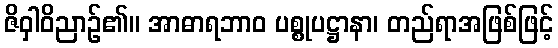
ဇိဝှါဝိညာဉ်၏။ အာဓာရဘာဝ ပစ္စုပဋ္ဌာနာ၊ တည်ရာအဖြစ်ဖြင့်